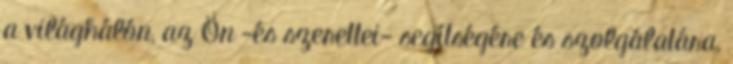
a világhálón, az Ön -és szerettei- segítségére és szolgálatára,